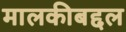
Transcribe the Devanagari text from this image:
मालकीबद्दल